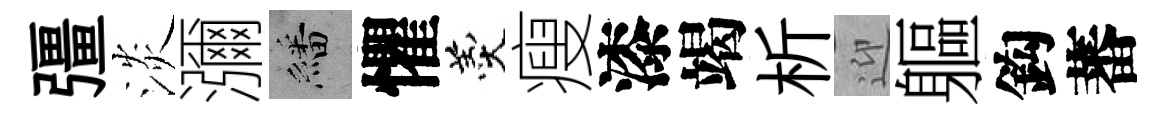
彊淡瀰繙懼羹瘦漆竭析迎軀鈎蕃